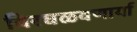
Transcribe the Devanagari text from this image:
विरघळवणार्या